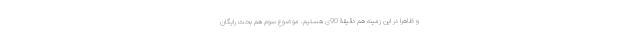
و ظاهرا در این زمینه هم دقیقۀ 90‌ی هستیم. موضوع سوم هم بحث رایگان